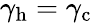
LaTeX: \gamma_{\mathrm{h}}=\gamma_{\mathrm{c}}